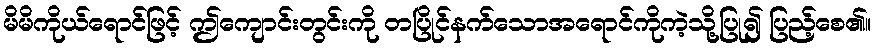
မိမိကိုယ်ရောင်ဖြင့် ဤကျောင်းတွင်းကို တပြိုင်နက်သောအရောင်ကိုကဲ့သို့ပြု၍ ပြည့်စေ၏။